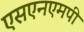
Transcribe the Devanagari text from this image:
एसएनएमपी